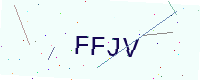
Text: FFJV